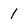
Character: 1